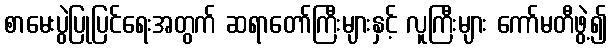
စာမေးပွဲပြုပြင်ရေးအတွက် ဆရာတော်ကြီးများနှင့် လူကြီးများ ကော်မတီဖွဲ့၍